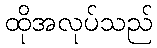
ထိုအလုပ်သည်